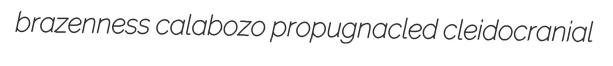
brazenness calabozo propugnacled cleidocranial